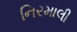
નિરમાલી